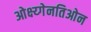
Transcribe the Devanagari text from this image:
ओक्ष्य्गेनतिओन